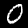
Label: 0